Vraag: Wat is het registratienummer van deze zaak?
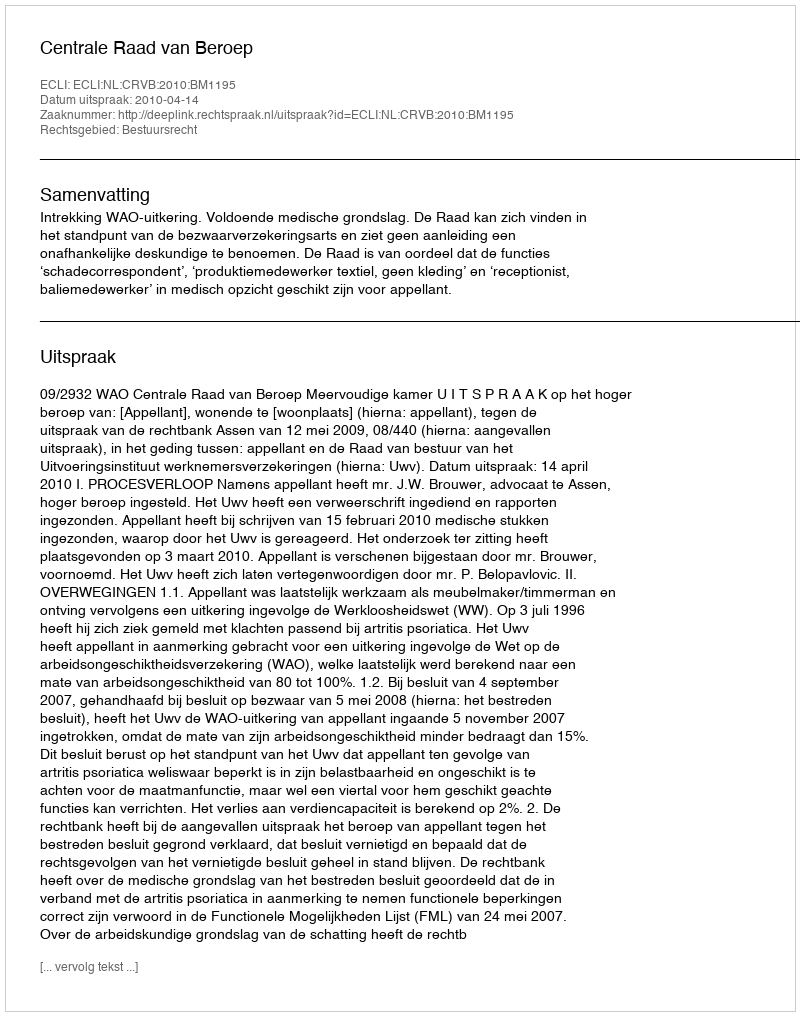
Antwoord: http://deeplink.rechtspraak.nl/uitspraak?id=ECLI:NL:CRVB:2010:BM1195